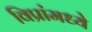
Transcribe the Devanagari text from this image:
विप्रांमध्ये